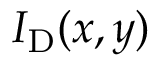
I _ { \mathrm { D } } ( x , y )